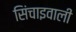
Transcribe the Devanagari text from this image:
सिंचाइवाली